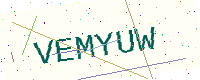
Text: VEMYUW